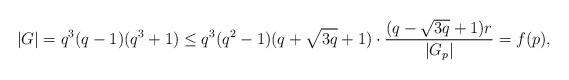
LaTeX: \begin{align*} |G|=q^3(q-1)(q^3+1)\leq q^3(q^2-1)(q+\sqrt{3q}+1)\cdot \frac{(q-\sqrt{3q}+1)r}{|G_{p}|}=f(p),\end{align*}